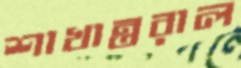
শাখান্তরাল